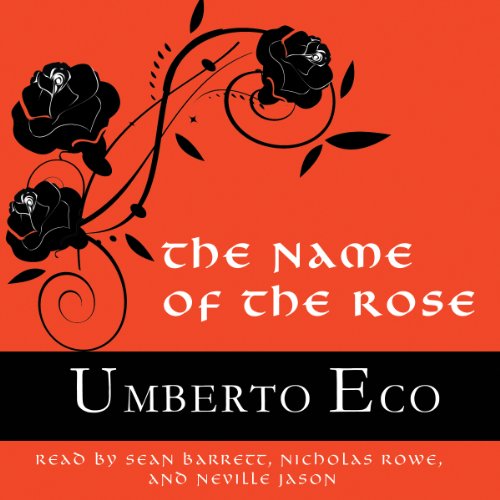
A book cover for The Name of the Rose; Umberto Eco; Mystery, Thriller & Suspense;